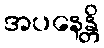
အပနေန္တိ